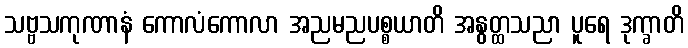
သဗ္ဗသကုဏာနံ ကောလံကောလာ အညမညပစ္စယာတိ အနွတ္ထသညာ ပူရေ ဒုက္ခာတိ